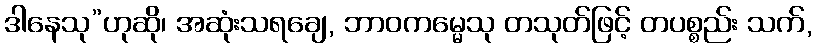
ဒါနေသု”ဟုဆို၊ အဆုံးသရချေ, ဘာဝကမ္မေသု တသုတ်ဖြင့် တပစ္စည်း သက်,